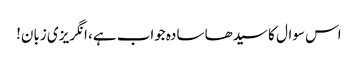
اس سوال کا سیدھا سادہ جواب ہے، انگریزی زبان!